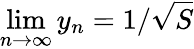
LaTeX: \operatorname*{lim}_{n\to\infty}y_{n}=1/{\sqrt{S}}